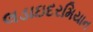
લડાઇદરમિયાન